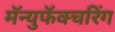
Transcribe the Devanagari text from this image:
मॅन्युफॅक्‍चरिंग